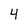
Character: 4